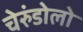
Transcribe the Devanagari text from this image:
चेरुंडोलो